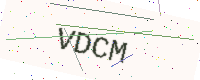
Text: VDCM